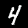
Label: 4